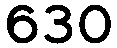
630